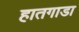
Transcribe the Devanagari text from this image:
हातगाडा